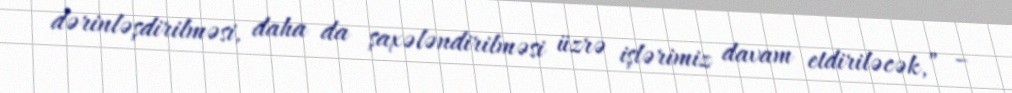
dərinləşdirilməsi, daha da şaxələndirilməsi üzrə işlərimiz davam etdiriləcək,” –